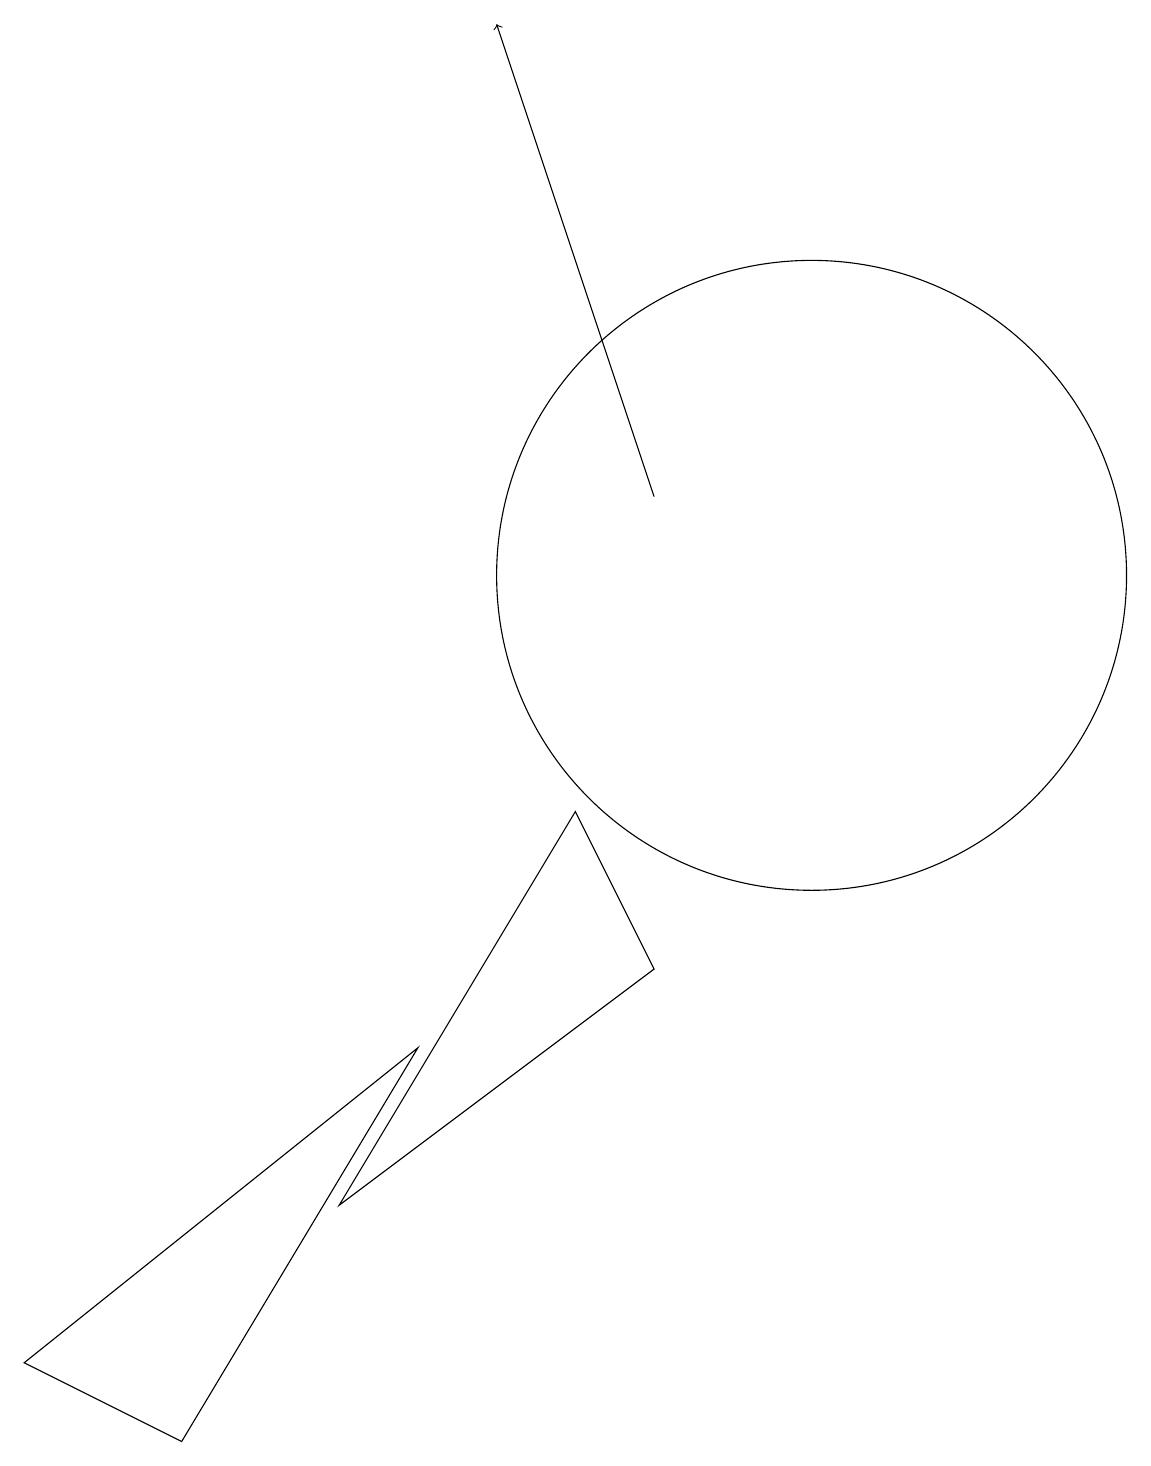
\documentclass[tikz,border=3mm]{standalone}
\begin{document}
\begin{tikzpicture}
\draw (4,3) -- (7,8) -- (8,6) -- cycle;
\draw (10,11) circle (4);
\draw[->] (8,12) -- (6,18);
\draw (0,1) -- (2,0) -- (5,5) -- cycle;
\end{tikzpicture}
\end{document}